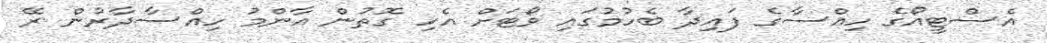
އެސްޓީއޯގެ ހިއްސާގެ ފައިދާ ބެހުމުގައި ވޯޓަށް އެހި ގޮތުން އާންމު ހިއްސާދާރުން ރޭ